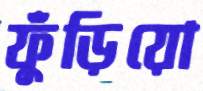
ফুঁড়িয়ো